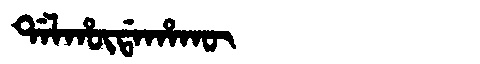
Manchu: ᡩᠠᠯᡥᡡᡩᠠᡥᠠᡴᡡ
Romanization: DALHŪDAHAKŪ